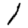
Digit: 1